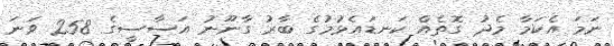
ނަމަ އެކަމާ މެދު ގޮތެއް ކަނޑައެޅުމުގެ ބާރު ގާނޫނު އަސާސީގެ 258 ވަނަ